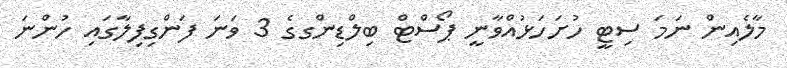
މާލެއިން ނަމަ ސިޓީ ހުށަހަޅުއްވާނީ ޕޯސްޓް ބިލްޑިންގގެ 3 ވަނަ ފަންގިފިލާގައި ހުންނަ